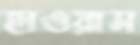
হাওয়াস